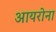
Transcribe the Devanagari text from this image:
आयरोना